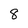
Character: 8